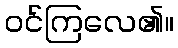
ဝင်ကြလေ၏။